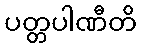
ပတ္တပါဏီတိ